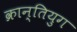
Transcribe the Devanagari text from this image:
क्रान्तियुग